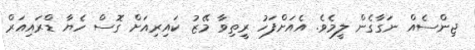
ޖިންސެއް ނަގާގެން ލީމެވެ. އެއަށްފަހު ރީތިވާ މޭޒު ކައިރިއަށް ގޮސް ހެޔާ ޑްރައިއަރް